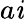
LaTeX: a\mathit{i}